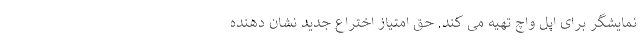
نمایشگر برای اپل واچ تهیه می کند. حق امتیاز اختراع جدید نشان دهنده